Calcutta medical institutions reports 1892-1900
Year: 1892
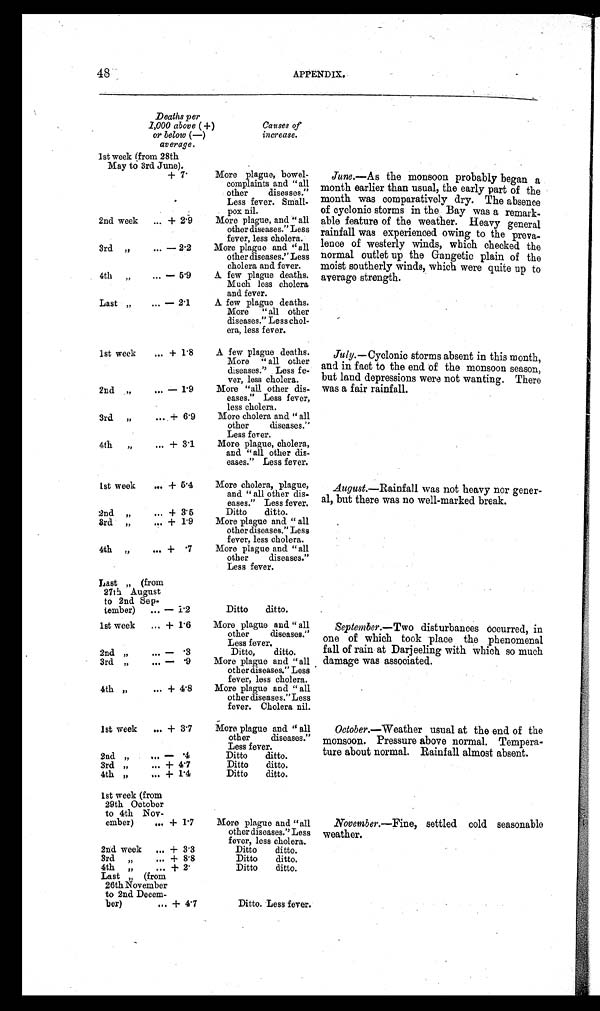
48
APPENDIX.
D e a t h s p e r
1,000 above ( +)
or below (—)
average.
Causes of
increase.
1st week (from 28th
May to 3rd June).
+ 7.
More plague, bowel-
complaints and "all
other diseases."
Less fever. Small-
pox nil.
2nd week ... + 2.9
More plague, and "all
other diseases. "Less
fever, less cholera.
3rd "
... — 2.2
More plague and "all
other diseases." Less
cholera and fever.
4th "
... — 5.9
A few plague deaths.
Much less cholera
and fever.
Last "
... — 2.1
A few plague deaths.
More "all other
diseases." Less chol-
era, less fever.
1st week
... + 1. .8
A few plague deaths.
More "all other
diseases." Less fe-
ver, less cholera.
2nd " . . . — 1 . 9
More "all other dis-
eases." Less fever,
less cholera.
3rd "
... + 6..9
More cholera and "all
other
diseases."
Less fever.
4th "
... + 3.1
More plague, cholera,
and "all other dis-
eases." Less fever.
1st week ... + 5.4
More cholera, plague,
and "all Other dis-
eases." Less fever.
2nd " ... + 3.5
Ditto
ditto.
3rd " ... + 1.9
More plague and "all
other diseases." Less
fever, less cholera.
4th " .. +.7
More plague and "all
other diseases."
Less fever.
Last " (from
27th August
to 2nd. Sep-
tember) ... — 1.2
Ditto ditto.
1st week ... + 1.6
More plague and "all
other diseases."
Less fever.
2nd " ... —. 3
Ditto, ditto.
3rd " ... — 9
More plague and "all
other diseases." Less
fever, less cholera.
4th " ... + 4.8
More plague and "all
other diseases." Less
fever. Cholera nil.
1st week ... + 3.7
More plague and "all
other diseases."
Less fever.
2nd " ... — .4
Ditto ditto.
„
3rd " ... + 4.7
Ditto ditto.
4th " ...
+ 1.4
Ditto ditto.
1st week (from
29th October
to 4th Nov-
ember) ... + 1.7
More plague and "all
other diseases." Less
fever, less cholera.
2nd week ... + 3.3
Ditto ditto.
3rd " ... + 8.8
Ditto ditto.
4th " ... + 2.
Ditto ditto.
Las t " ( f r om
26th No v e mb e r
to 2nd Decem-
ber) ... + 4.7
Ditto. Less fever
June.—As the monsoon probably began a
month earlier than usual, the early part of the
month was comparatively dry. The absence
of cyclonic storms in the Bay was a remark-
-able feature of the weather. Heavy general
rainfall was experienced owing to the preva--
lence of westerly winds, which checked the
normal outlet up the Gangetic plain of the
moist southerly winds, which were quite up to
average strength.
July.— Cyclonic storms absent in this month,
and in fact to the end of the monsoon season,
but land depressions were not wanting. There
was a fair rainfall.
August.—Rainfall was not heavy nor gener-
-al, but there was no well-marked break.
September.— Two disturbances occurred, in
one of which took place the phenomenal
fall of rain at Darjeeling with which so much
damage was associated.
October.—Weather usual at the end of the
monsoon. Pressure above normal. Tempera-
ture about normal. Rainfall almost absent.
November.—Fine, settled cold seasonable
weather.